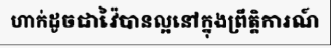
ហាក់ដូចជាវ៉ៃបានល្អនៅក្នុងព្រឹត្តិការណ៍